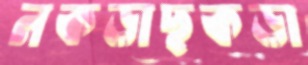
নকড়াছকড়া